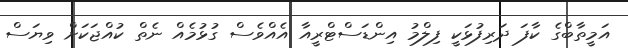
އަމީތާބްގެ ކާފަ ދަރިފުޅަކީ ފިލްމު އިންޑަސްޓްރީއާ އެއްވެސް ގުޅުމެއް ނެތް ކުއްޖަކަށް ވިޔަސް